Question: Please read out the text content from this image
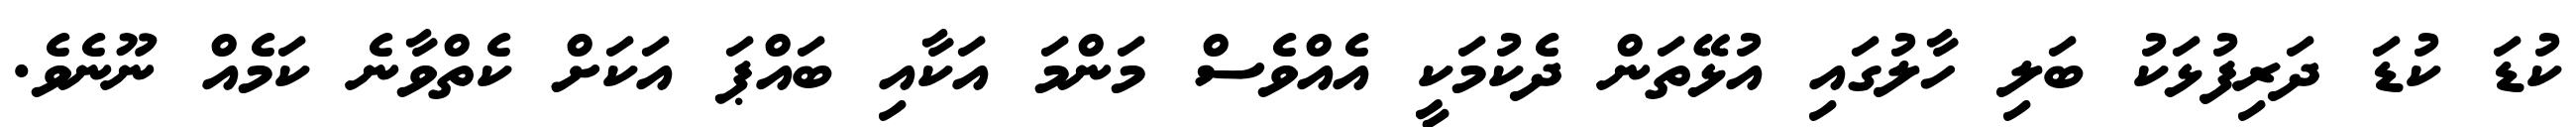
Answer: ކުޑަ ކުޑަ ދަރިފުޅަކު ބަލި ހާލުގައި އުޅޭތަން ދެކުމަކީ އެއްވެސް މަންމަ އަކާއި ބައްޕަ އަކަށް ކެތްވާނެ ކަމެއް ނޫނެވެ.